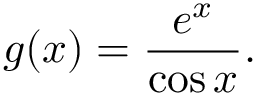
g ( x ) = { \frac { e ^ { x } } { \cos x } } .